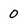
Character: 0